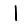
Digit: 1